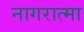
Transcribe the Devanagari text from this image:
नागरात्मा